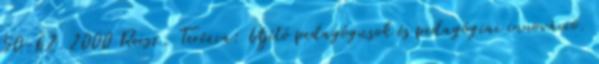
50-62. 2000 Reisz, Terézia: Újító pedagógusok és pedagógiai innováció.